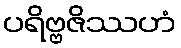
ပရိဗ္ဗဇိဿဟံ